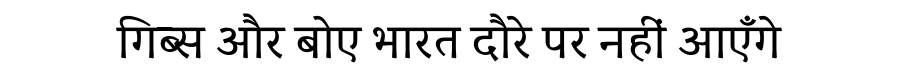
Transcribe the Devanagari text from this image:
गिब्स और बोए भारत दौरे पर नहीं आएँगे